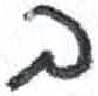
אות: ב